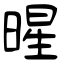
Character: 暒